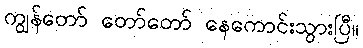
ကျွန်တော် တော်တော် နေကောင်းသွားပြီ။